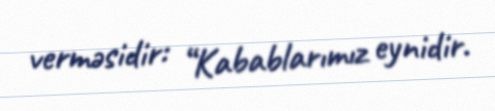
verməsidir: “Kabablarımız eynidir.